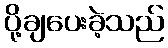
ပို့ချပေးခဲ့သည်